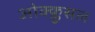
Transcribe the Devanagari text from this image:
ओक्क्लुसल